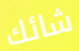
شائك